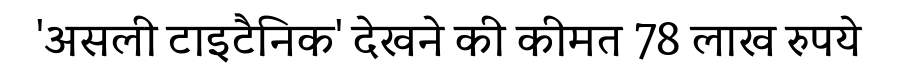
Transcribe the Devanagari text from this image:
'असली टाइटैनिक' देखने की कीमत 78 लाख रुपये